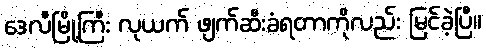
ဒေလီမြို့ကြီး လုယက် ဖျက်ဆီးခံရတာကိုလည်း မြင်ခဲ့ပြီ။